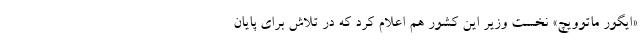
«ایگور ماتوویچ» نخست وزیر این کشور هم اعلام کرد که در تلاش برای پایان